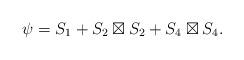
LaTeX: \begin{align*}\psi = S_1 + S_2\boxtimes S_2 + S_4 \boxtimes S_4.\end{align*}